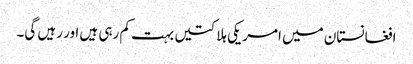
افغانستان میں امریکی ہلاکتیں بہت کم رہی ہیں اور رہیں گی۔